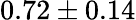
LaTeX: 0.72\pm 0.14